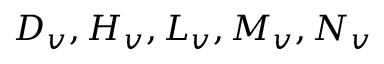
D _ { v } , H _ { v } , L _ { v } , M _ { v } , N _ { v }